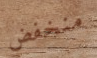
منخفض